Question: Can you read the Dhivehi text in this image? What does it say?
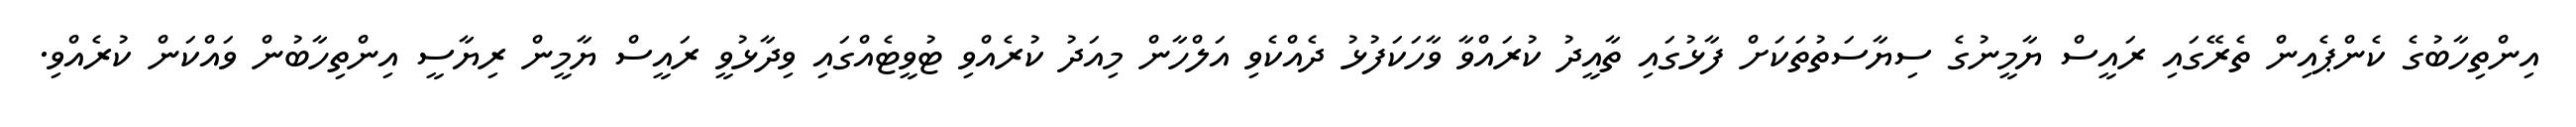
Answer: އިންތިހާބުގެ ކެންޕެއިން ތެރޭގައި ރައީސް ޔާމީނުގެ ސިޔާސަތުތަކަށް ފާޅުގައި ތާއީދު ކުރައްވާ ވާހަކަފުޅު ދެއްކެވި އަލްހާން މިއަދު ކުރެއްވި ޓުވީޓެއްގައި ވިދާޅުވީ ރައީސް ޔާމީން ރިޔާސީ އިންތިހާބުން ވައްކަން ކުރެއްވި.